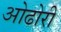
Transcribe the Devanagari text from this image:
ओढोरी